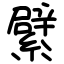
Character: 繴